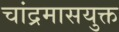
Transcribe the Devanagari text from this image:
चांद्रमासयुक्त